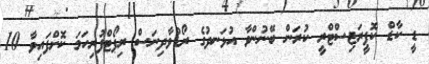
ޑީ ކާޑް ކޮޕީރަޖިސްޓްރީ ކުރަން ބޭނުންވާ އުޅަނދުގެ ރޯޑްވާދިނަސް ރިޕޯޓްފުރިހަމަ ކޮށްފައިވާ 10